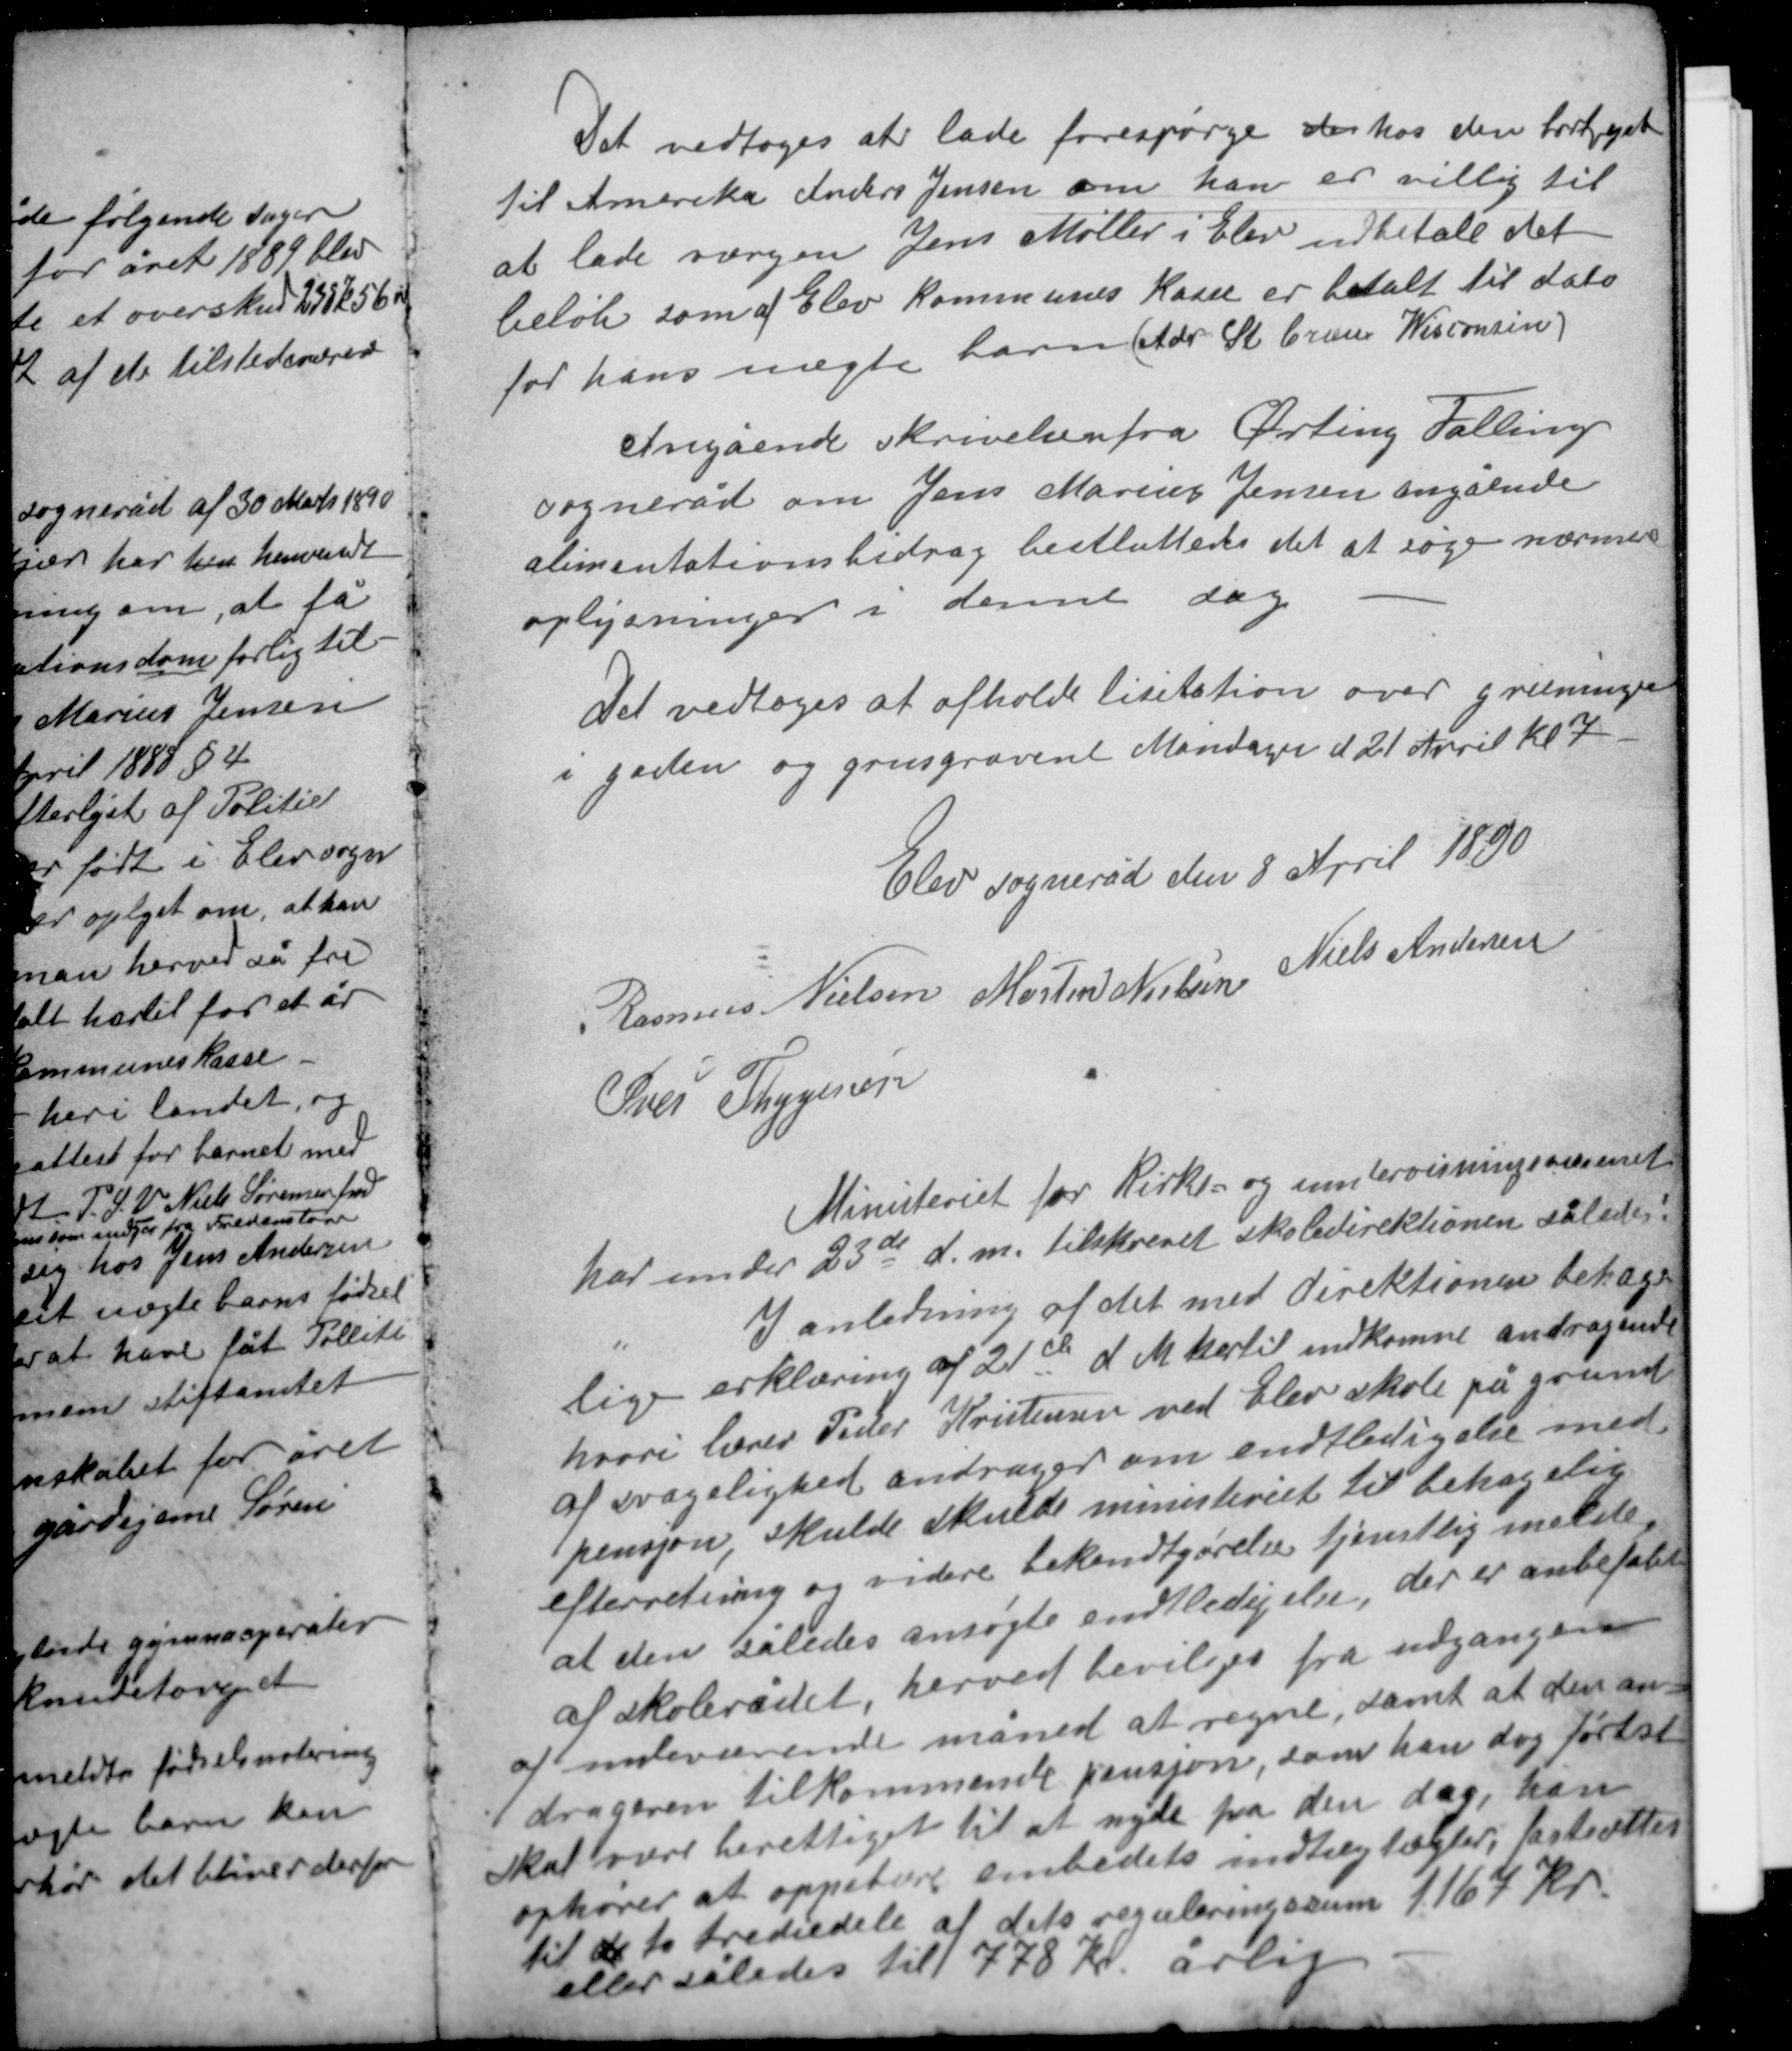
Transskription:
Det vedtoges at lade forespørge der hos den bortrejste
til Amerika Anders Jensen om han er villig til
at lade værgen Jens Møller i Elev udbetale det
beløb som af Elev kommunes kasse er betalt til dato
for hans uægte barn (Adr St Creux Wisconsin).

Angående skrivelse fra Ørting Fallings
sogneråd om Jens Marius Jensen angående
alimentationsbidrag besluttedes det at søge nærmere
oplysninger i denne sag.

Det vedtoges at afholde lisitation over græsningen
i gaden og grusgravene Mandagen d 21 April kl. 7.

Elev sogneråd den 8 April 1890
Rasmus Nielsen Morten Nielsen Niels Andersen
Iver Thygesen

Ministeriet for kirke og undervisningsvæsenet
har under 23de d.m. tilskrevet skoledirektionen således:

I anledning af det med direktonen behage-
lige erklæring af 21de d M hertil indkomne andragende
hvori lærer Peder Kristensen ved Elev skole på grund
af svagelighed andrager om endtledigelse med
pensjon, skulde skulde ministeriet til behagelig
efterretning og videre bekendtgørelse tjenstlig melde,
at den således ansøgte endtledigelse, der er anbefalet
af skolerådet, herved bevilges fra udgangen
af indeværende måned at regne, samt at den an-
drageren tilkommende pensjon, som han dog først
skal være berettiget til at nyde fra den dag, han
ophører at oppebære embedets indtægter, fastsættes
til de to trediedele af dets reguleringssum 1167 kr
eller således til 778 kr årlig.